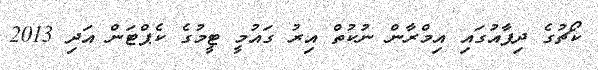
ކޯޗުގެ ދިފާއުގައި އިމްރާން ނުކުތް އިރު ގައުމީ ޓީމުގެ ކެޕްޓަން އަދި 2013